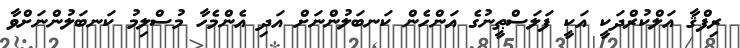
ރިފްޤާ އަލްކުރްދަކީ އަކީ ފަލަސްޠީނުގެ އަންހެން ކަނބަލުންނަށް އަދި އެންމެހާ މުސްލިމު ކަނބަލުންނަށްވާ